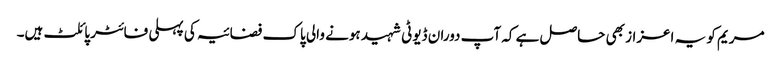
مریم کو یہ اعزاز بھی حاصل ہے کہ آپ دوران ڈیوٹی شہید ہونے والی پاک فضائیہ کی پہلی فائٹر پائلٹ ہیں۔